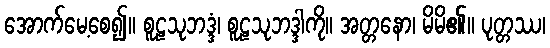
အောက်မေ့စေ၍။ စူဠသုဘဒ္ဒံ၊ စူဠသုဘဒ္ဒါကို။ အတ္တနော၊ မိမိ၏။ ပုတ္တဿ၊